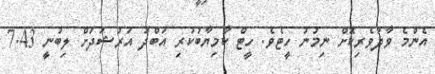
އެންމެ ވާދަވެރިކޮށް ނިމުނު ހީޓެވެ. ހީޓް ކާމިޔާބުކުރި އަބްދު އަރުޝަދަށް ލިބުނީ 7.43